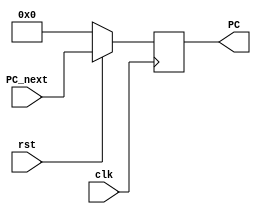
`timescale 1ns / 1ps

module ProgramCounter(
    input clk, input rst, input [31:0] PC_next, output reg [31:0] PC);
    
    always@(posedge clk) begin 
        if(~rst)
            PC <= {32{1'b0}};
        else
            PC <= PC_next;
    end
    
endmodule